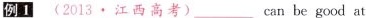
例1 (2013·江西高考)__can be good at